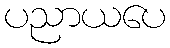
ပညာယပေ